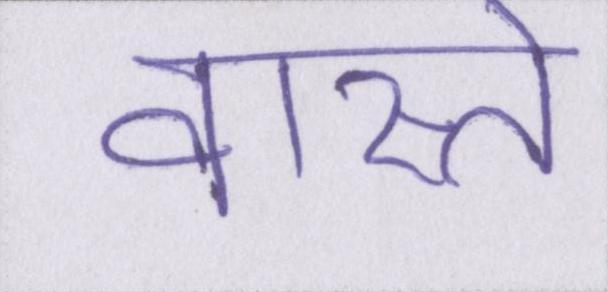
वास्ते